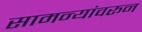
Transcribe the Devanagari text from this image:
सामन्यांवरून